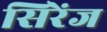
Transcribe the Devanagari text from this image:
सिरेंज